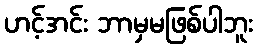
ဟင့်အင်း ဘာမှမဖြစ်ပါဘူး